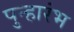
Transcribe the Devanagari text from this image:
पुन्हारंभ